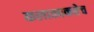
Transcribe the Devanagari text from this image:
कलात्मकतेच